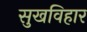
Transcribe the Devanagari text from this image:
सुखविहार